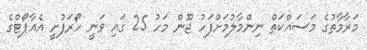
މަރާމާތުގެ މަސައްކަތް ނިންމާލުމަށްފަހު ޖޫން މަހު 25 ގައި ވަނީ ހޯރަފުށީ އެއާޕޯޓްގެ